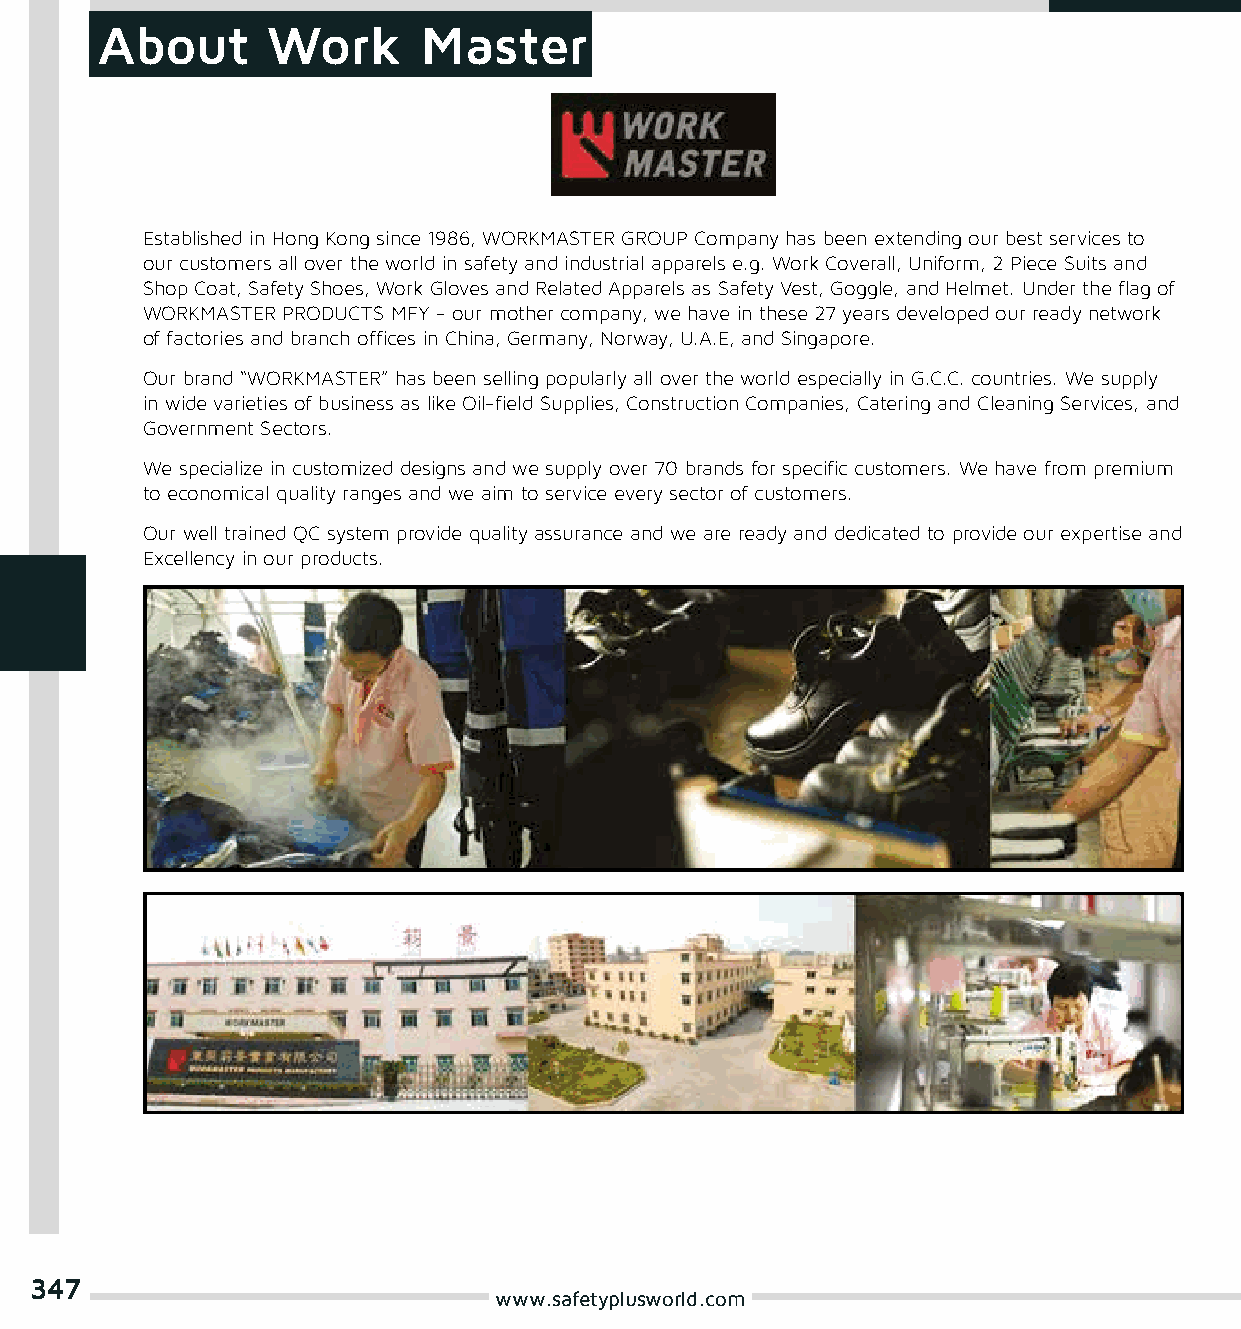
About       Work      Master
 Established in Hong Kong since 1986, WORKMASTER GROUP Company has been extending our best services to
 our customers all over the world in safety and industrial apparels e.g. Work Coverall, Uniform, 2 Piece Suits and
 Shop Coat, Safety Shoes, Work Gloves and Related Apparels as Safety Vest, Goggle, and Helmet. Under the flag of
 WORKMASTER PRODUCTS MFY - our mother company, we have in these 27 years developed our ready network
 of factories and branch offices in China, Germany, Norway, U.A.E, and Singapore.
 Our brand “WORKMASTER” has been selling popularly all over the world especially in G.C.C. countries. We supply
 in wide varieties of business as like Oil-field Supplies, Construction Companies, Catering and Cleaning Services, and
 Government Sectors.
 We specialize in customized designs and we supply over 70 brands for specific customers. We have from premium
 to economical quality ranges and we aim to service every sector of customers.
 Our well trained QC system provide quality assurance and we are ready and dedicated to provide our expertise and
 Excellency in our products.
 347
 www.safetyplusworld.com